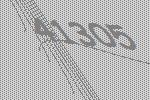
41305